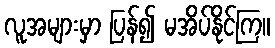
လူအများမှာ ပြန်၍ မအိပ်နိုင်ကြ။